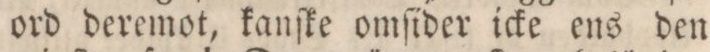
ord deremot, kanſke omſider icke ens den